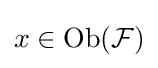
x\in {\text{Ob}}({\mathcal {F}})